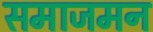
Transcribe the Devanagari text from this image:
समाजमन